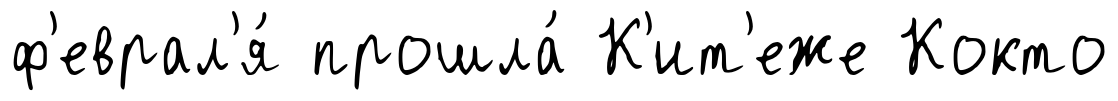
ф'еврал'я́ прошла́ К'ит'еже Кокто